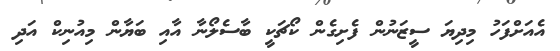
އެއަށްފަހު މިދިޔަ ސީޒަނުން ފެށިގެން ކޯޗަކީ ބާސެލޯނާ އާއި ބަޔާން މިއުނިކް އަދި